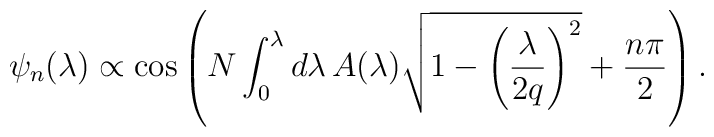
\psi_n(\lambda)\propto {\cos}\left( N\int_0^\lambda d\lambda\,A(\lambda)\sqrt{1-\left(\frac{\lambda}{2q}\right)^2}+\frac{n\pi}{2}\right).